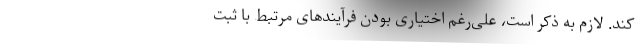
کند. لازم به ذکر است، علی‌رغم اختیاری بودن فرآیند‌های مرتبط با ثبت